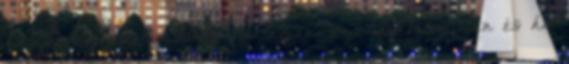
hagyni az adott admin vitalapján, az adminlevlistán és ha